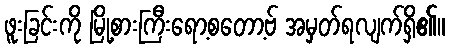
ဖူးခြင်းကို မြို့စားကြီးရော့စတော့ဗ် အမှတ်ရလျက်ရှိ၏။